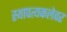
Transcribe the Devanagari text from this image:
स्थापत्यकलेवर